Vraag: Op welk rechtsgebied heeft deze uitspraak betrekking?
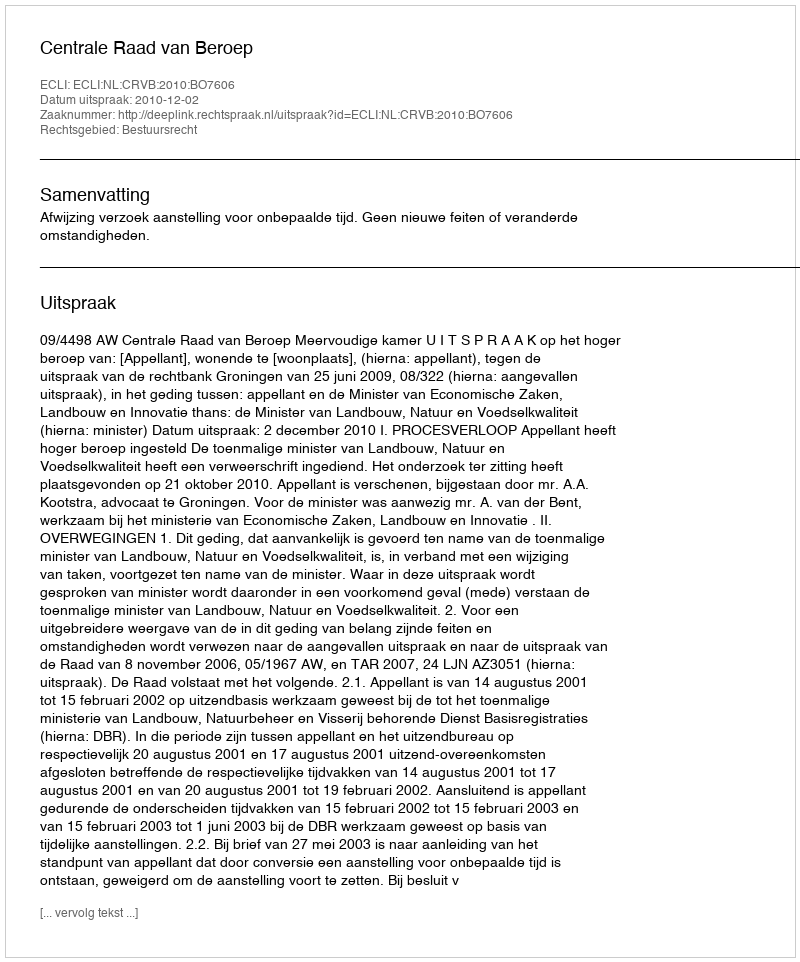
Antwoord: Bestuursrecht